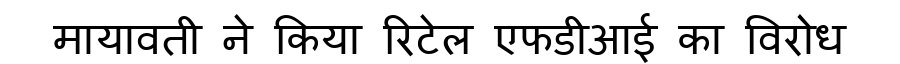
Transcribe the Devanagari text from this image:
मायावती ने किया रिटेल एफडीआई का विरोध